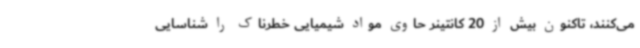
می‌کنند، تاکنون بیش از 20 کانتینر حاوی مواد شیمیایی خطرناک را شناسایی